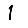
Digit: 1